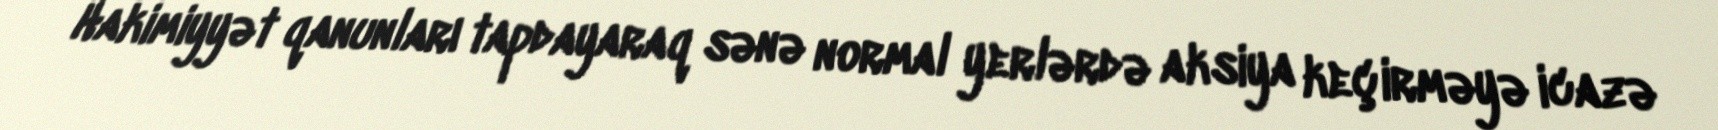
Hakimiyyət qanunları tapdayaraq sənə normal yerlərdə aksiya keçirməyə icazə